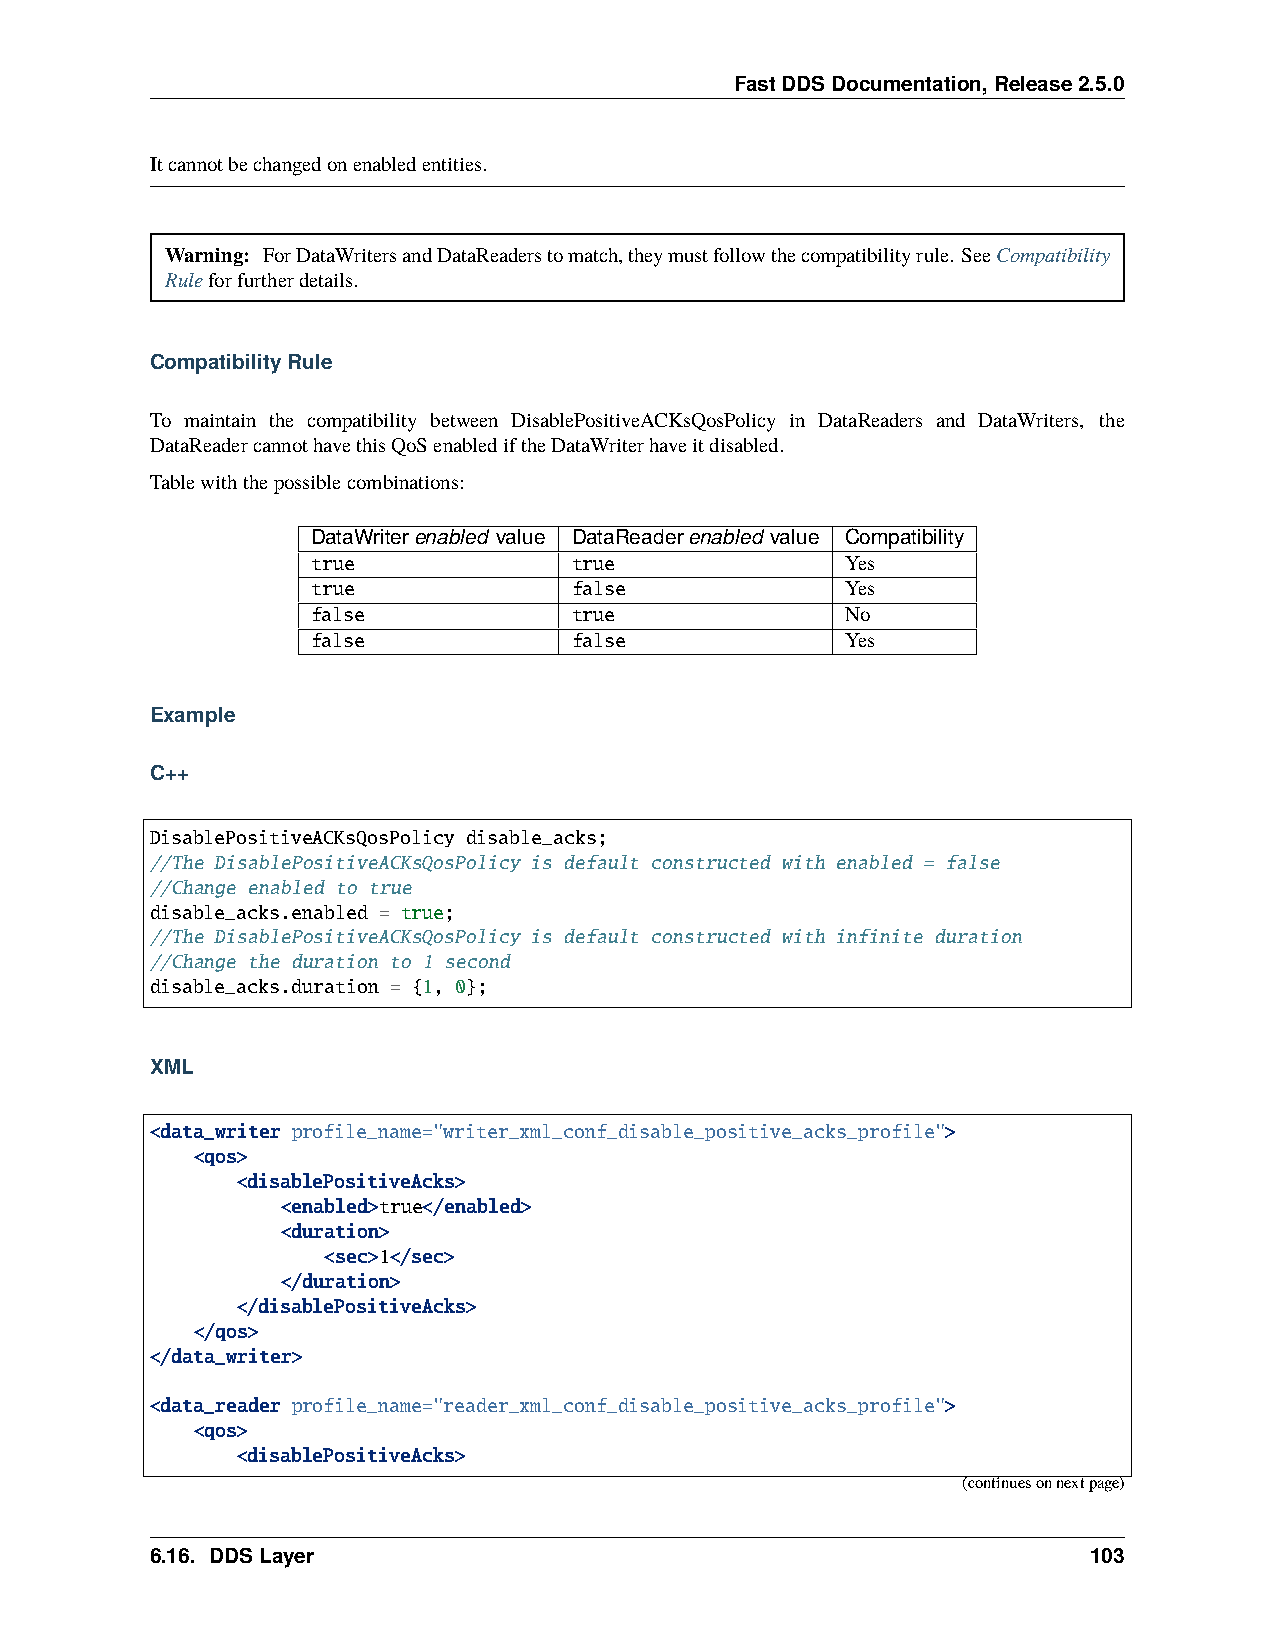
FastDDSDocumentation,Release2.5.0
 Itcannotbechangedonenabledentities.
 Warning: ForDataWritersandDataReaderstomatch,theymustfollowthecompatibilityrule. SeeCompatibility
 Ruleforfurtherdetails.
 CompatibilityRule
 To maintain the compatibility between DisablePositiveACKsQosPolicy in DataReaders and DataWriters, the
 DataReadercannothavethisQoSenablediftheDataWriterhaveitdisabled.
 Tablewiththepossiblecombinations:
 DataWriterenabled value DataReaderenabled value Compatibility
 true             true              Yes
 true             false             Yes
 false            true              No
 false            false             Yes
 Example
 C++
 DisablePositiveACKsQosPolicy disable_acks;
 //The DisablePositiveACKsQosPolicy is default constructed with enabled = false
 //Change enabled to true
 disable_acks.enabled = true;
 //The DisablePositiveACKsQosPolicy is default constructed with infinite duration
 //Change the duration to 1 second
 disable_acks.duration = {1, 0};
 XML
 <data_writer profile_name="writer_xml_conf_disable_positive_acks_profile">
 <qos>
 <disablePositiveAcks>
 <enabled>true</enabled>
 <duration>
 <sec>1</sec>
 </duration>
 </disablePositiveAcks>
 </qos>
 </data_writer>
 <data_reader profile_name="reader_xml_conf_disable_positive_acks_profile">
 <qos>
 <disablePositiveAcks>
 (continuesonnextpage)
 6.16. DDSLayer                                                103